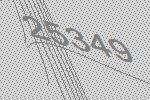
25349